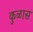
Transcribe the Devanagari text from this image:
कुळास